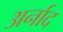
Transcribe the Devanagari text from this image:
अर्नाद